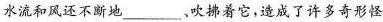
水流和风还不断地___、吹拂着它，造成了许多奇形怪